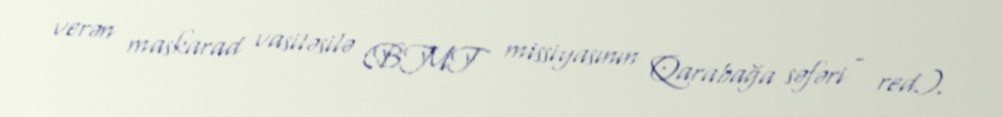
verən maskarad vasitəsilə (BMT missiyasının Qarabağa səfəri - red.).